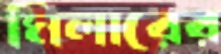
মিলারের